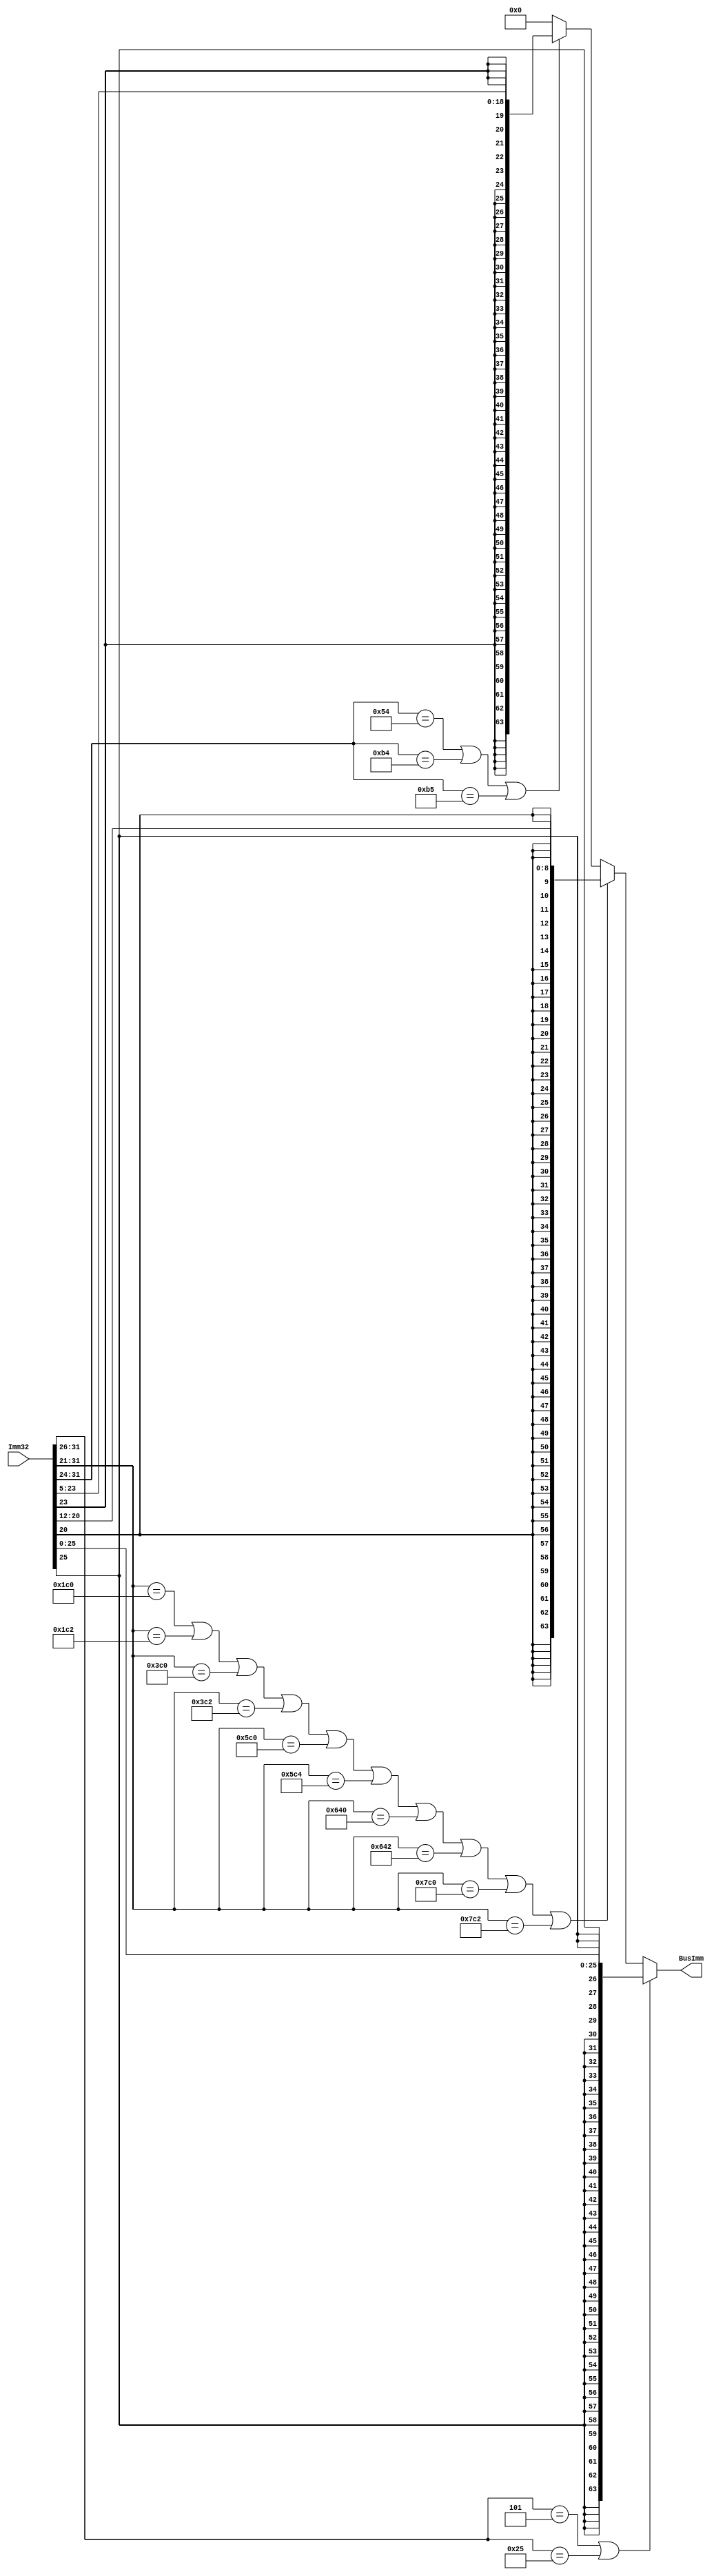
// B Codes
`define B 6'b000101
`define BL 6'b100101

// D Codes
`define STURB 11'b00111000000
`define LDURB 11'b00111000010
`define STURH 11'b01111000000
`define LDURH 11'b01111000010
`define STURW 11'b10111000000
`define LDURSW 11'b10111000100
`define STXR 11'b11001000000
`define LDXR 11'b11001000010
`define STURD 11'b11111000000
`define LDURD 11'b11111000010

// CB Codes
`define BCOND 8'b01010100
`define CBZ 8'b10110100
`define CBNZ 8'b10110101

`timescale 1ns / 1ps

module SignExtender(BusImm, Imm32); 
  output reg [63:0] BusImm; 
  input [31:0] Imm32;

	always @(*)
	begin
		if(Imm32[31:26] == `B || Imm32[31:26] == `BL) // Check B
			BusImm = {{38{Imm32[25]}}, Imm32[25:0]};
		else if(   (Imm32[31:21] == `STURB) 
			|| (Imm32[31:21] == `LDURB) 
			|| Imm32[31:21] == `STURH 
			|| Imm32[31:21] == `LDURH 
			|| Imm32[31:21] == `STURW 
			|| Imm32[31:21] == `LDURSW 
			|| Imm32[31:21] == `STXR 
			|| Imm32[31:21] == `LDXR 
			|| Imm32[31:21] == `STURD 
			|| Imm32[31:21] == `LDURD)
			BusImm = {{55{Imm32[20]}}, Imm32[20:12]};
		else if( Imm32[31:24] == `BCOND || Imm32[31:24] == `CBZ || Imm32[31:24] == `CBNZ) // Check CB
			BusImm = {{45{Imm32[23]}}, Imm32[23:5]};
		else
			BusImm = 64'b0;
	end
endmodule